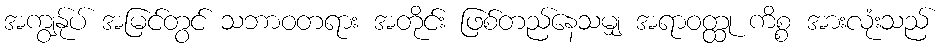
အကျွန်ုပ် အမြင်တွင် သဘာဝတရား အတိုင်း ဖြစ်တည်နေသမျှ အရာဝတ္ထု ကိစ္စ အားလုံးသည်